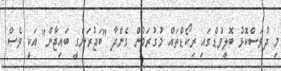
މި ދުވަސްކޮޅު ބޮލީވުޑްގައި ރިކޯޑްތައް މުގުރަމުން ގެންދާ "ބަޖުރަންގީ ބައިޖާން" އަކީ ވެސް